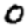
Digit: 0